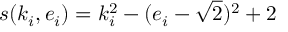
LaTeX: s ( k _ { i } , e _ { i } ) = k _ { i } ^ { 2 } - ( e _ { i } - \sqrt { 2 } ) ^ { 2 } + 2